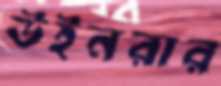
উইনরার